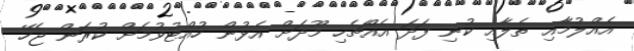
އެއްލުމާއި ތެލާއި ކުނި ފަދަ އެއްޗެހި މޫދަށް އެޅުން ހުއްޓުވުމަށް ކުރަން ޖެހޭ